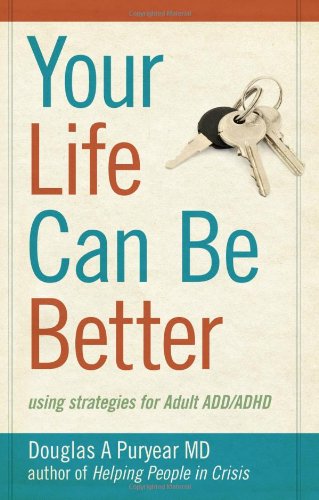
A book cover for Your Life Can Be Better, Using Strategies for Adult ADD/ADHD; Douglas A. Puryear; Health, Fitness & Dieting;